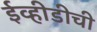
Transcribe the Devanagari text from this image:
ईव्हीडीची